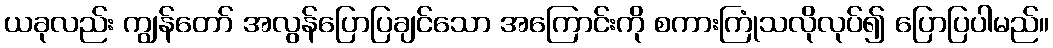
ယခုလည်း ကျွန်တော် အလွန်ပြောပြချင်သော အကြောင်းကို စကားကြုံသလိုလုပ်၍ ပြောပြပါမည်။